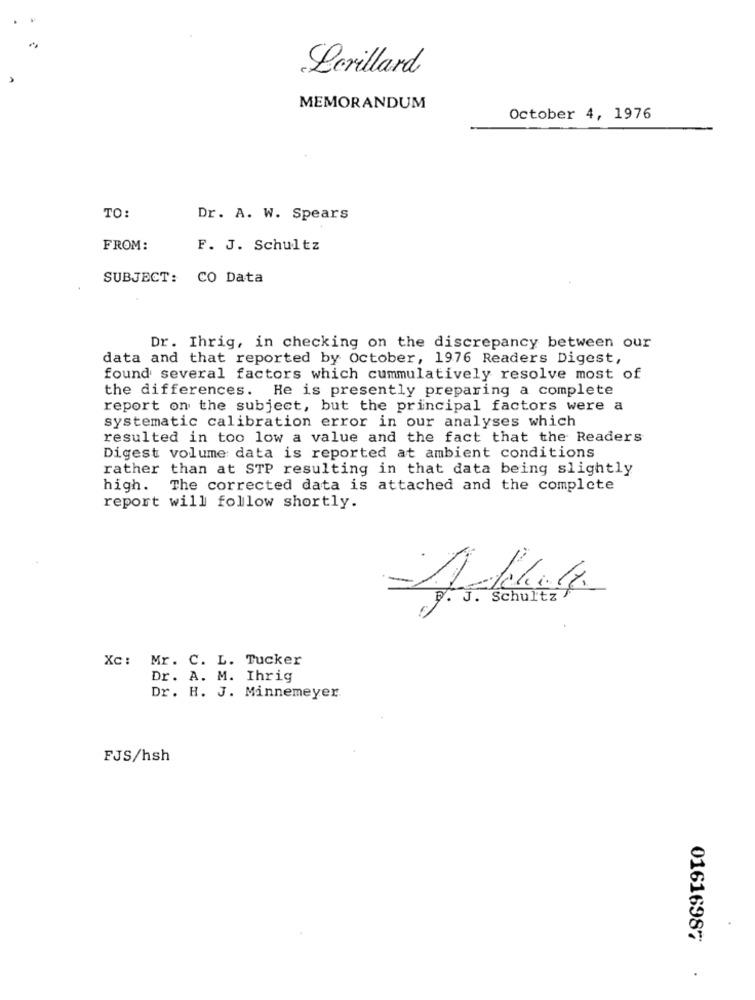
Lerillard
MEMORANDUM
October 4, 1976
TO:
Dr. A. W. Spears
FROM:
F. J. Schultz
SUBJECT: CO Data
Dr. Ihrig, in checking on the discrepancy between our
data and that reported by October, 1976 Readers Digest,
found several factors which cummulatively resolve most of
the differences. He is presently preparing a complete
report on the subject, but the principal factors were a
systematic calibration error in our analyses which
resulted in too low a value and the fact that the Readers
Digest volume data is reported at ambient conditions
rather than at STP resulting in that data being slightly
high. The corrected data is attached and the complete
report will follow shortly.
.
Xc: Mr. C. L. Tucker
Dr. A. M. Ihrig
Dr. H. J. Minnemeyer
FJS/hsh
01616987
.